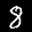
Label: 8